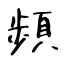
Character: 頻